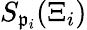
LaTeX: S_{\mathfrak{p}_{i}}(\Xi_{i})